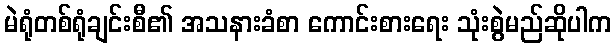
မဲရုံတစ်ရုံချင်းစီ၏ အသနားခံစာ ကောင်းစားရေး သုံးစွဲမည်ဆိုပါက